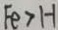
F e > H